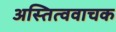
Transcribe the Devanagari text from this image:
अस्तित्ववाचक